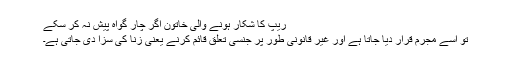
ریپ کا شکار ہونے والی خاتون اگر چار گواہ پیش نہ کر سکے
تو اسے مجرم قرار دیا جاتا ہے اور غیر قانونی طور پر جنسی تعلق قائم کرنے یعنی زنا کی سزا دی جاتی ہے۔